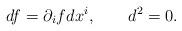
LaTeX: \begin{align*}df = \partial_i f dx^i, \qquad d^2 = 0. \end{align*}